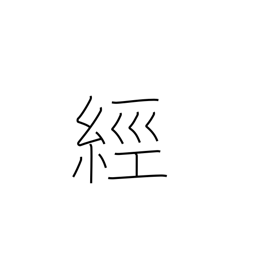
Meaning: pass through